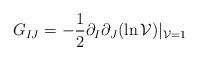
LaTeX: \begin{align*}G_{IJ} = -{1\over 2} \partial_I \partial_J (\ln {\cal V})|_{{\cal V} =1}\end{align*}